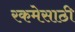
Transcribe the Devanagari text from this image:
रकमेसाठी